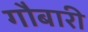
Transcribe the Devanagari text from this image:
गौबारी